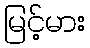
မြင့်မား